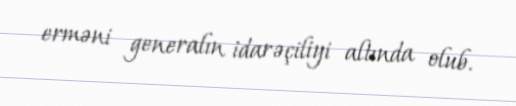
erməni generalın idarəçiliyi altında olub.